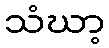
သံဃာ့